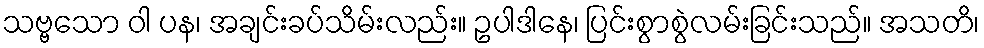
သဗ္ဗသော ဝါ ပန၊ အချင်းခပ်သိမ်းလည်း။ ဥပါဒါနေ၊ ပြင်းစွာစွဲလမ်းခြင်းသည်။ အသတိ၊